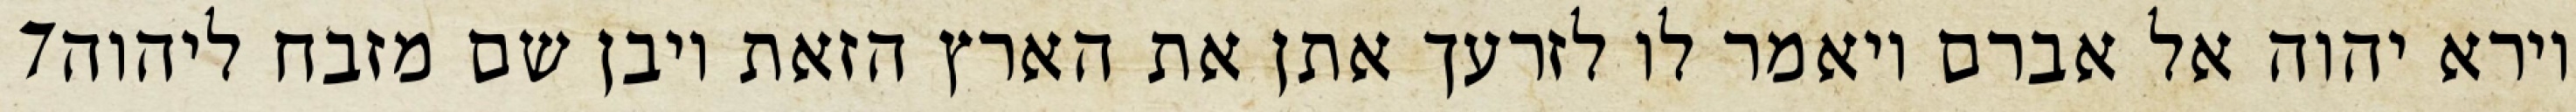
‎7‏ וירא יהוה אל אברם ויאמר לו לזרעך אתן את הארץ הזאת ויבן שם מזבח ליהוה